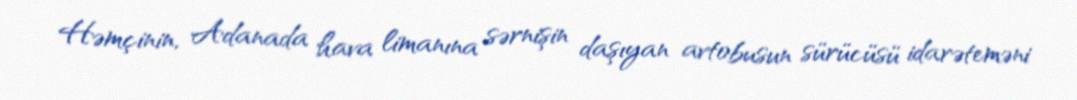
Həmçinin, Adanada hava limanına sərnişin daşıyan avtobusun sürücüsü idarəteməni